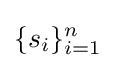
\{s_{i}\}_{i=1}^{n}